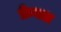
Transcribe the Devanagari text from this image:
फ्रेनल